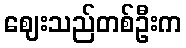
ဈေးသည်တစ်ဦးက